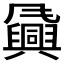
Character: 𬲈